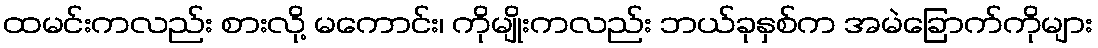
ထမင်းကလည်း စားလို့ မကောင်း၊ ကိုမျိုးကလည်း ဘယ်ခုနှစ်က အမဲခြောက်ကိုများ